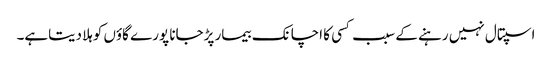
اسپتال نہیں رہنے کے سبب کسی کا اچانک بیمار پڑجانا پورے گاؤں کوہلا دیتاہے۔